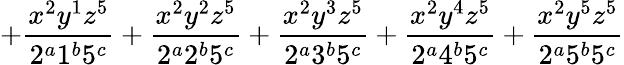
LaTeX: +\frac{x^{2}y^{1}z^{5}}{2^{a}1^{b}5^{c}}+\frac{x^{2}y^{2}z^{5}}{2^{a}2^{b}5^{c}}+\frac{x^{2}y^{3}z^{5}}{2^{a}3^{b}5^{c}}+\frac{x^{2}y^{4}z^{5}}{2^{a}4^{b}5^{c}}+\frac{x^{2}y^{5}z^{5}}{2^{a}5^{b}5^{c}}